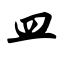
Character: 皿